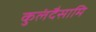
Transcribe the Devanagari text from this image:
कुलंदैसामि